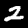
Digit: 2